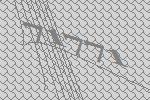
71771